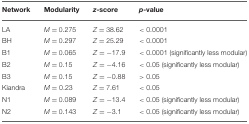
| Network | Modularity | z-score | p-value |
 | --- | --- | --- | --- |
 | LA | M = 0.275 | Z = 38.62 | < 0.0001 |
 | BH | M = 0.297 | Z = 25.29 | < 0.0001 |
 | B1 | M = 0.065 | Z = −17.9 | < 0.0001 (significantly less modular) |
 | B2 | M = 0.15 | Z = −4.16 | < 0.05 (significantly less modular) |
 | B3 | M = 0.15 | Z = −0.88 | > 0.05 |
 | Kiandra | M = 0.23 | Z = 7.61 | < 0.05 |
 | N1 | M = 0.089 | Z = −13.4 | < 0.05 (significantly less modular) |
 | N2 | M = 0.143 | Z = −3.1 | < 0.05 (significantly less modular) |